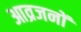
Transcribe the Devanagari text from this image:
आव्रजनों